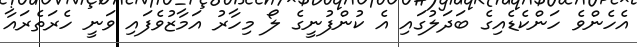
އެހެންވެ ހަންކެޑެއިގެ ބަދަލުގައި އެ ކުންފުނީގެ ލޯ މިހާރު އަމާޒުވެފައި ވަނީ ހެރަތެރައާ